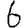
Digit: 6